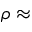
\rho \approx